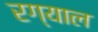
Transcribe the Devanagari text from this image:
रग्याल